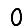
Digit: 0